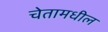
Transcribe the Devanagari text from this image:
चेतामधील